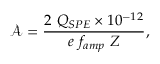
\mathcal { A } = \frac { 2 ~ Q _ { S P E } \times 1 0 ^ { - 1 2 } } { e ~ f _ { a m p } ~ Z } ,